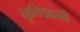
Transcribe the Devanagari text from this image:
नृविज्ञानी